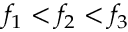
f _ { 1 } < f _ { 2 } < f _ { 3 }